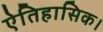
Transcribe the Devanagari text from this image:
ऐतिहासिक।